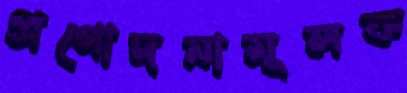
প্রণোদনামূলক